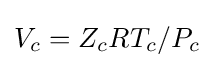
V_{c}=Z_{c}RT_{c}/P_{c}